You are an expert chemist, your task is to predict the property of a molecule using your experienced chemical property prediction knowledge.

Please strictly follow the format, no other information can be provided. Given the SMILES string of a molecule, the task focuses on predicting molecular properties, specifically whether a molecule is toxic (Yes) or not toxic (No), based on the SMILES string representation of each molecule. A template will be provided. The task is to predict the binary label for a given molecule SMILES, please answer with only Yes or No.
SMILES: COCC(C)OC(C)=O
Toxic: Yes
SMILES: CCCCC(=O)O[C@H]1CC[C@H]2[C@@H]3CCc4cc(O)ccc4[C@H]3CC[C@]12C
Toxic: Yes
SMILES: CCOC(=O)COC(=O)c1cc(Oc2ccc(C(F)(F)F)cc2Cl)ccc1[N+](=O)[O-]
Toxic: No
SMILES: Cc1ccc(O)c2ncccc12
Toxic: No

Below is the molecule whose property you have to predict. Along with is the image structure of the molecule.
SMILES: O=C([O-])c1ccccc1C(=O)O
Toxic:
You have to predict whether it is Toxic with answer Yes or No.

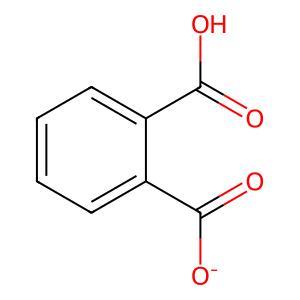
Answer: No